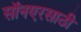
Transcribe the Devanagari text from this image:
सॉनएरसाठी